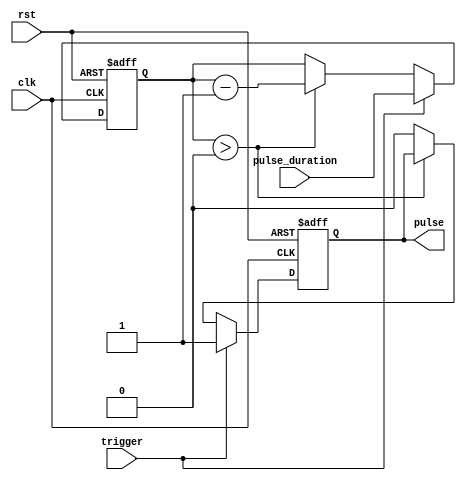
module one_shot_timer (
    input         clk,
    input         rst,
    input         trigger,
    input  [7:0]  pulse_duration,
    output reg    pulse
);

reg [7:0] count;

always @(posedge clk or posedge rst) begin
    if (rst) begin
        pulse <= 0;
        count <= 0;
    end else begin
        if (trigger) begin
            pulse <= 1;
            count <= pulse_duration;
        end else begin
            if (count > 0) begin
                count <= count - 1;
            end else begin
                pulse <= 0;
            end
        end
    end
end

endmodule